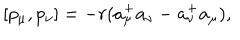
[ p _ { \mu } , p _ { \nu } ] = - r ( a _ { \mu } ^ { + } a _ { \nu } - a _ { \nu } ^ { + } a _ { \mu } ) ,